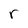
Character: r